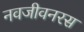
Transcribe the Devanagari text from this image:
नवजीवनरस